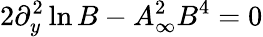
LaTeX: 2\partial_{y}^{2}\ln B-A_{\infty}^{2}B^{4}=0